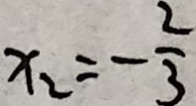
x _ { 2 } = - \frac { 2 } { 3 }